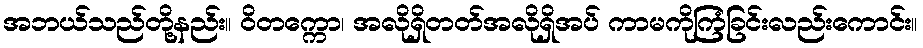
အဘယ်သည်တို့နည်း။ ဝိတက္ကော၊ အလိုရှိတတ်အလိုရှိအပ် ကာမကိုကြံခြင်းလည်းကောင်း။